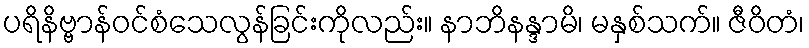
ပရိနိဗ္ဗာန်ဝင်စံသေလွန်ခြင်းကိုလည်း။ နာဘိနန္ဒာမိ၊ မနှစ်သက်။ ဇီဝိတံ၊